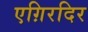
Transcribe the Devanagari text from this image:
एग़िरदिर